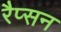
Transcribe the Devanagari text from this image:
रैप्सन